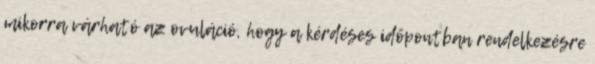
mikorra várható az ovuláció, hogy a kérdéses időpontban rendelkezésre